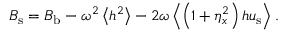
{ B } _ { \mathrm { s } } = { B } _ { \mathrm { b } } - \omega ^ { 2 } \left< h ^ { 2 } \right> - 2 \omega \left< \left( 1 + \eta _ { x } ^ { 2 } \right) h { u } _ { \mathrm { s } } \right> .